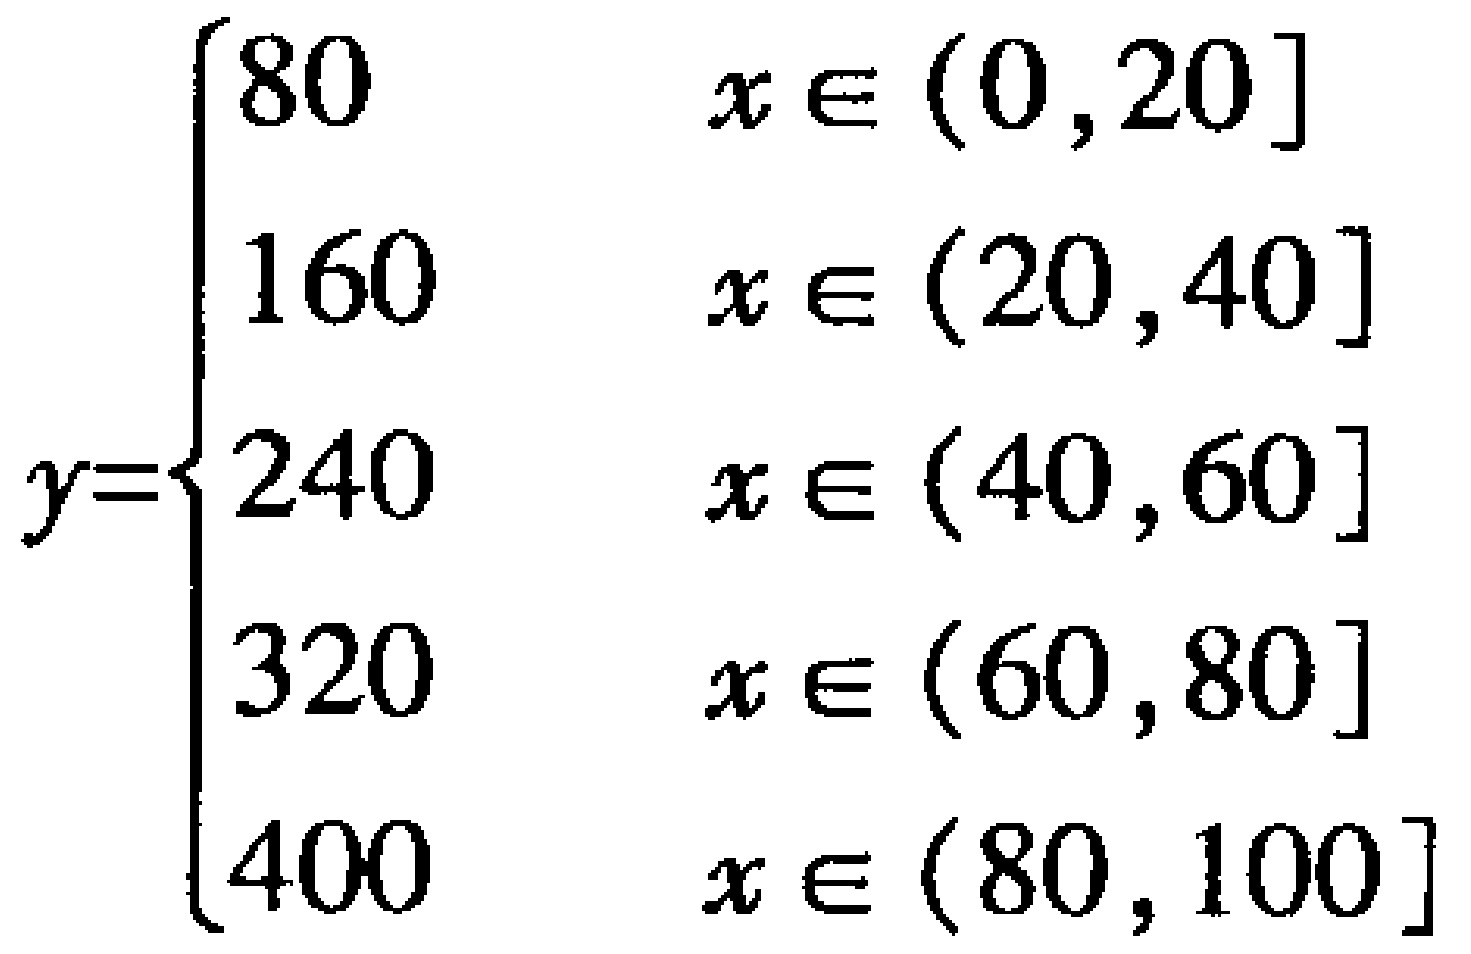
\[
y =
\begin{cases}
80 & x \in (0, 20] \\
160 & x \in (20, 40] \\
240 & x \in (40, 60] \\
320 & x \in (60, 80] \\
400 & x \in (80, 100]
\end{cases}
\]